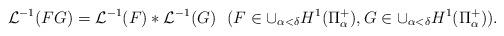
LaTeX: \begin{align*} {\mathcal L}^{-1}(FG)={\mathcal L}^{-1}(F)*{\mathcal L}^{-1}(G) \ \ (F \in \cup_{\alpha < \delta}H^1(\Pi_{\alpha}^+), G \in \cup_{\alpha < \delta}H^1(\Pi_{\alpha}^+)).\end{align*}